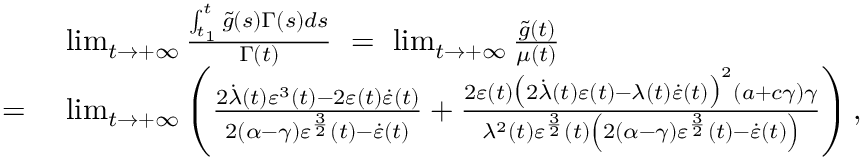
\begin{array} { r l } & { \operatorname* { l i m } _ { t \to + \infty } \frac { \int _ { t _ { 1 } } ^ { t } \tilde { g } ( s ) \Gamma ( s ) d s } { \Gamma ( t ) } \ = \ \operatorname* { l i m } _ { t \to + \infty } \frac { \tilde { g } ( t ) } { \mu ( t ) } } \\ { = \ } & { \operatorname* { l i m } _ { t \to + \infty } \left( \frac { 2 \dot { \lambda } ( t ) \varepsilon ^ { 3 } ( t ) - 2 \varepsilon ( t ) \dot { \varepsilon } ( t ) } { 2 ( \alpha - \gamma ) \varepsilon ^ { \frac { 3 } { 2 } } ( t ) - \dot { \varepsilon } ( t ) } + \frac { 2 \varepsilon ( t ) \big ( 2 \dot { \lambda } ( t ) \varepsilon ( t ) - \lambda ( t ) \dot { \varepsilon } ( t ) \big ) ^ { 2 } ( a + c \gamma ) \gamma } { \lambda ^ { 2 } ( t ) \varepsilon ^ { \frac { 3 } { 2 } } ( t ) \left( 2 ( \alpha - \gamma ) \varepsilon ^ { \frac { 3 } { 2 } } ( t ) - \dot { \varepsilon } ( t ) \right) } \right) , } \end{array}